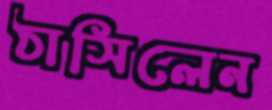
ঠাসিলেন